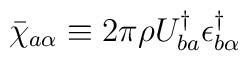
\bar\chi_{a \alpha} \equiv 2\pi\rho U^\dagger_{ba}\epsilon^\dagger_{b\alpha}